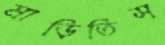
মাড়িতিস